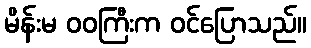
မိန်းမ ဝဝကြီးက ဝင်ပြောသည်။